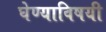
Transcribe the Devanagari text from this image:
घेण्‍याविषयी